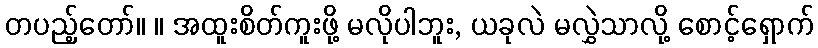
တပည့်တော်။ ။ အထူးစိတ်ကူးဖို့ မလိုပါဘူး, ယခုလဲ မလွှဲသာလို့ စောင့်ရှောက်